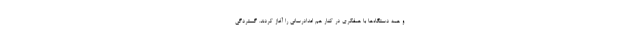
و همه دستگاه‌ها با همفکری در کنار هم امدادرسانی را آغاز کردند. گستردگی